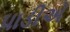
પાડીએ